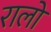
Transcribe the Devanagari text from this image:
रालो